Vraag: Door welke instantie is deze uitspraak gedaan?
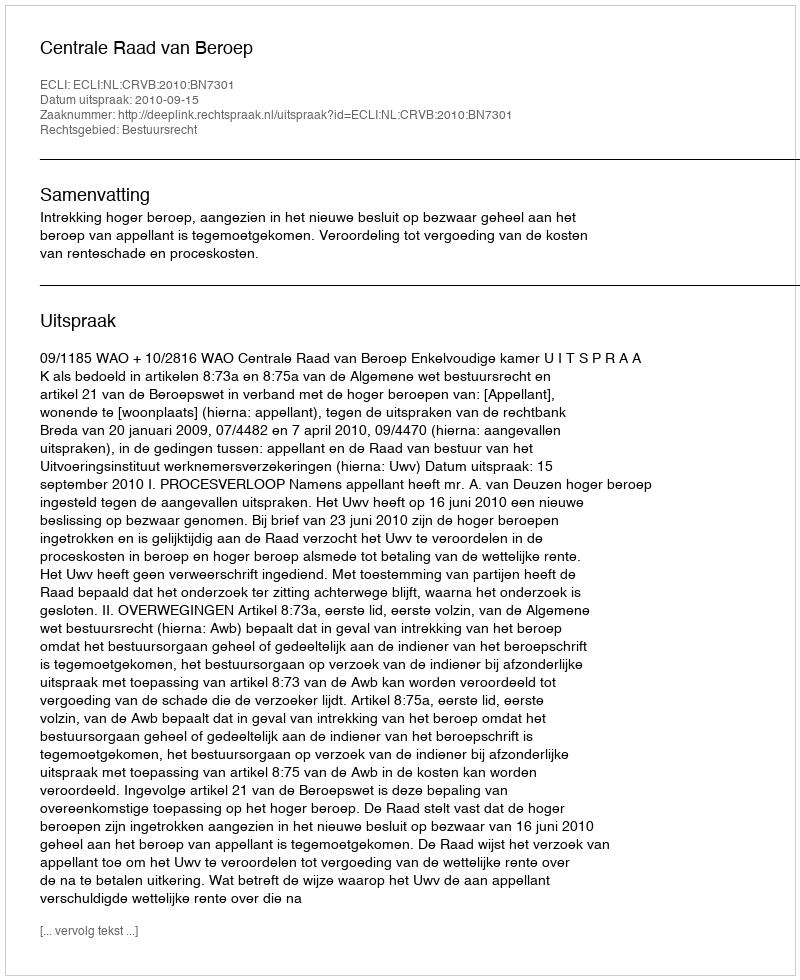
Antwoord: Centrale Raad van Beroep